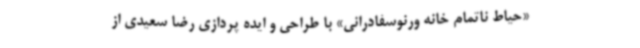
«حیاط ناتمام خانه ورنوسفادرانی» با طراحی و ایده پردازی رضا سعیدی از